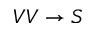
V V \rightarrow S